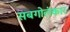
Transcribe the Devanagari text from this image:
सबगोलंकार